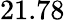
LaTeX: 21.78